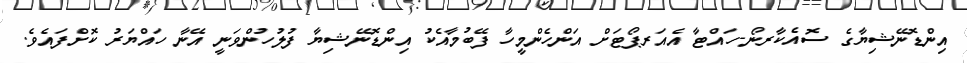
އިންޑޮނޭޝިޔާގެ ސޮއެކާރނޯ-ހައްޓާ އެއަރޕޯޓަށް އަންހެންމީހާ ފޭބުމާއެކު އިންޑޮނޭޝިޔާ ފުލުހުންވަނީ އޭނާ ހައްޔަރު ކޮށްފައެވެ.